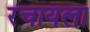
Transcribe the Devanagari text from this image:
रचायला